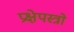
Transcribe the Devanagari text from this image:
प्रक्षेपस्त्रो